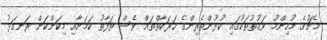
މެޗުގެ މުހިންމު ވަގުތުތަކުގައި ކުޅުންތެރިންގެ ހަރަކާތްތައް ވެސް ތަފާތު ކަމަށާއި މިކަންކަން ރަނގަޅު